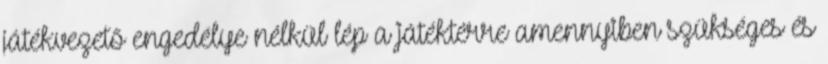
játékvezető engedélye nélkül lép a játéktérre amennyiben szükséges és